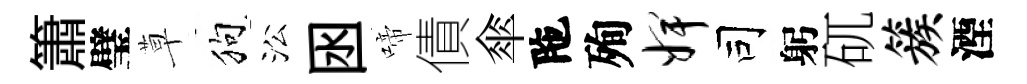
簫璧草狗㳂囦啼債傘陁殉婢司躬矹簇湮